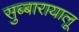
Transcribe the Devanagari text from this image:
सुब्बारायालू